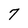
Character: 7